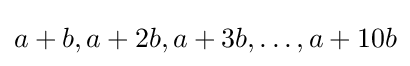
a+b,a+2b,a+3b,\ldots ,a+10b